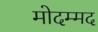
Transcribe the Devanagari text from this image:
मोदम्मद